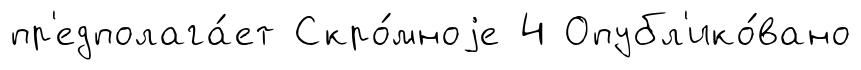
пр'едполага́ет Скро́мноjе 4 Опубл'ико́вано